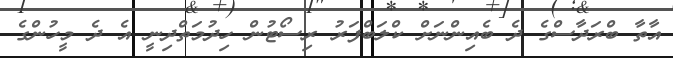
އާތާ ބްރަދާސްގެ ދެ ބެއިންނަށް ކްލަބްފަރު ރިސޯޓުން ހިދުމަތްދިނީ އެ ދެ މީހުންގެ